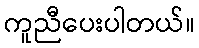
ကူညီပေးပါတယ်။